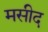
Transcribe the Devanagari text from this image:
मसीद